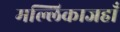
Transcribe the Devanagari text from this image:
मल्लिकाजहाँ